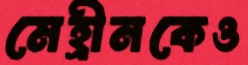
মেহ্রীনকেও